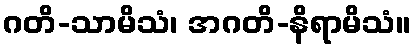
ဂတိ-သာမိသံ၊ အဂတိ-နိရာမိသံ။